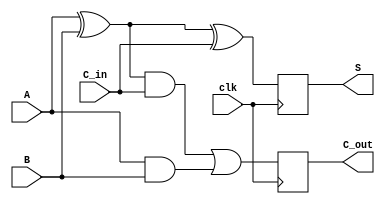
module adder(A,B,C_in,clk,S,C_out);
input wire A,B,C_in,clk;
output reg S,C_out;
always @ (posedge clk) 
	begin
		S = (A ^ B) ^ C_in;
		C_out = ((A ^ B) & C_in ) | (A & B);
	end
endmodule